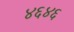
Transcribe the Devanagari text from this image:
४६४६